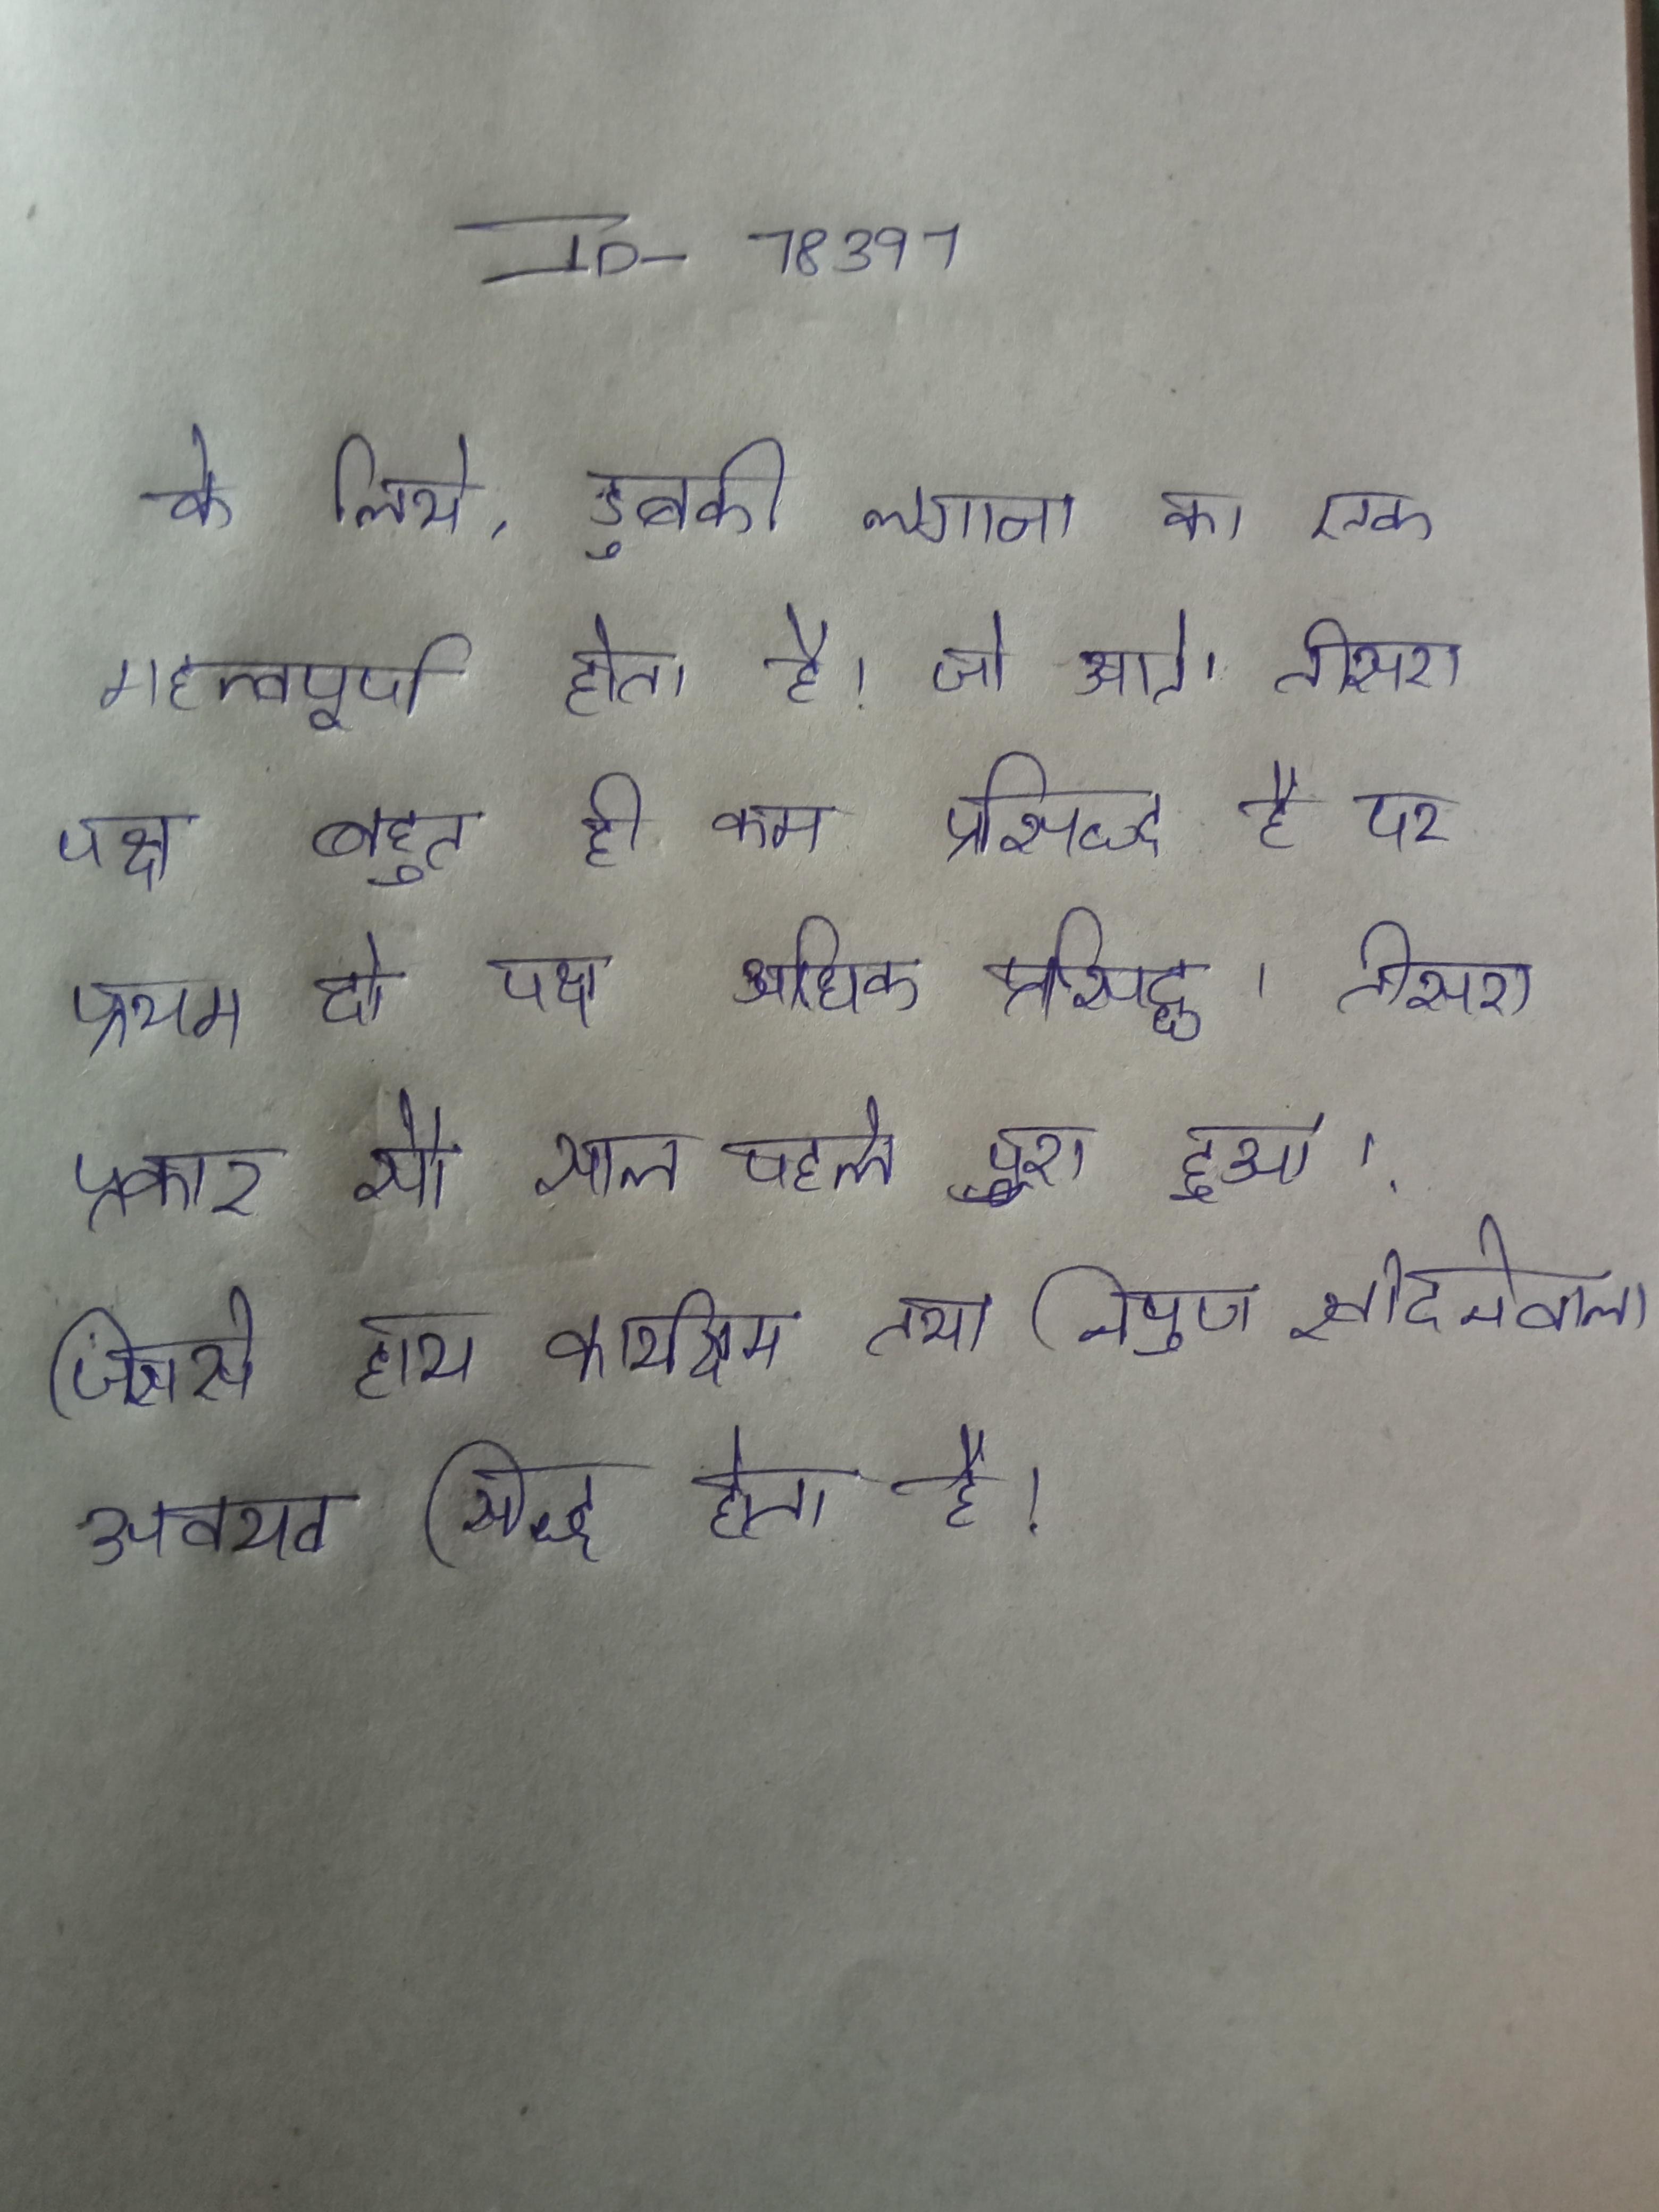
के लिये, डुबकी लगाना का एक महत्वपूर्ण होता है जो आते । तीसरा पक्ष बहुत ही कम प्रसिद्ध है पर प्रथम दो पक्ष अधिक प्रसिद्ध । तीसरा प्राकार सौ साल पहले पूरा हुआ । तीसरी प्राय: हुआ और नुकीला नख होता है, जिससे हाथ कार्यक्षम तथा निपुण खोदनेवाला अवयव सिद्ध होता है ।